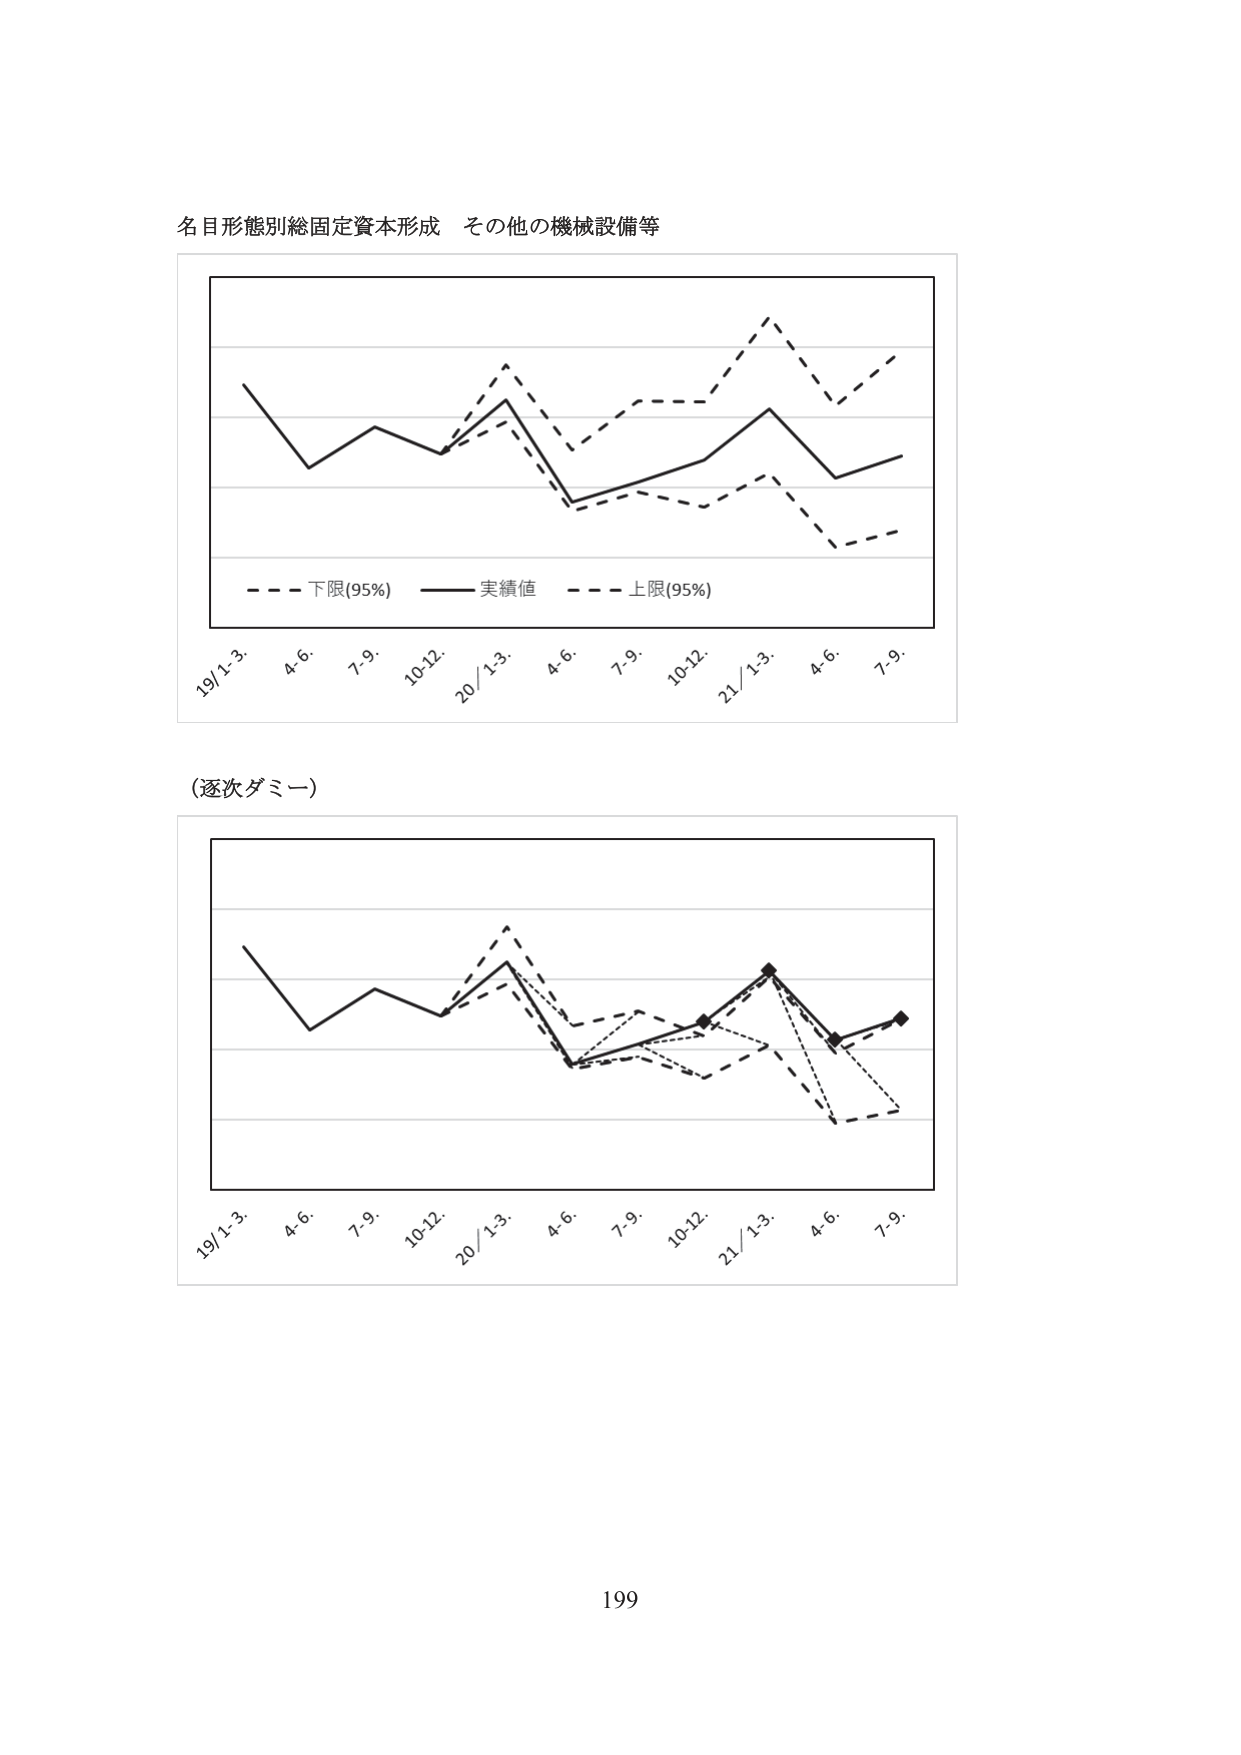
名目形態別総固定資本形成 その他の機械設備等

- - - 下限(95%) —— 実績値 - - - 上限(95%)

19/1-3. 4-6. 7-9. 10-12. 20/1-3. 4-6. 7-9. 10-12. 21/1-3. 4-6. 7-9.

(逐次ダミー)

19/1-3. 4-6. 7-9. 10-12. 20/1-3. 4-6. 7-9. 10-12. 21/1-3. 4-6. 7-9.

199